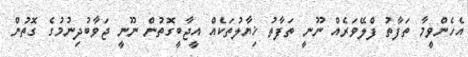
އެހެންވީމާ ތަފާތު ފްލޭވަރެއް ނޫނީ ތަފާތު ޚިޔާލުތަކެއް އީޖާބީގޮތުން ނޫނީ ޖަވާބުދިނުމުގެ ގޮތުން